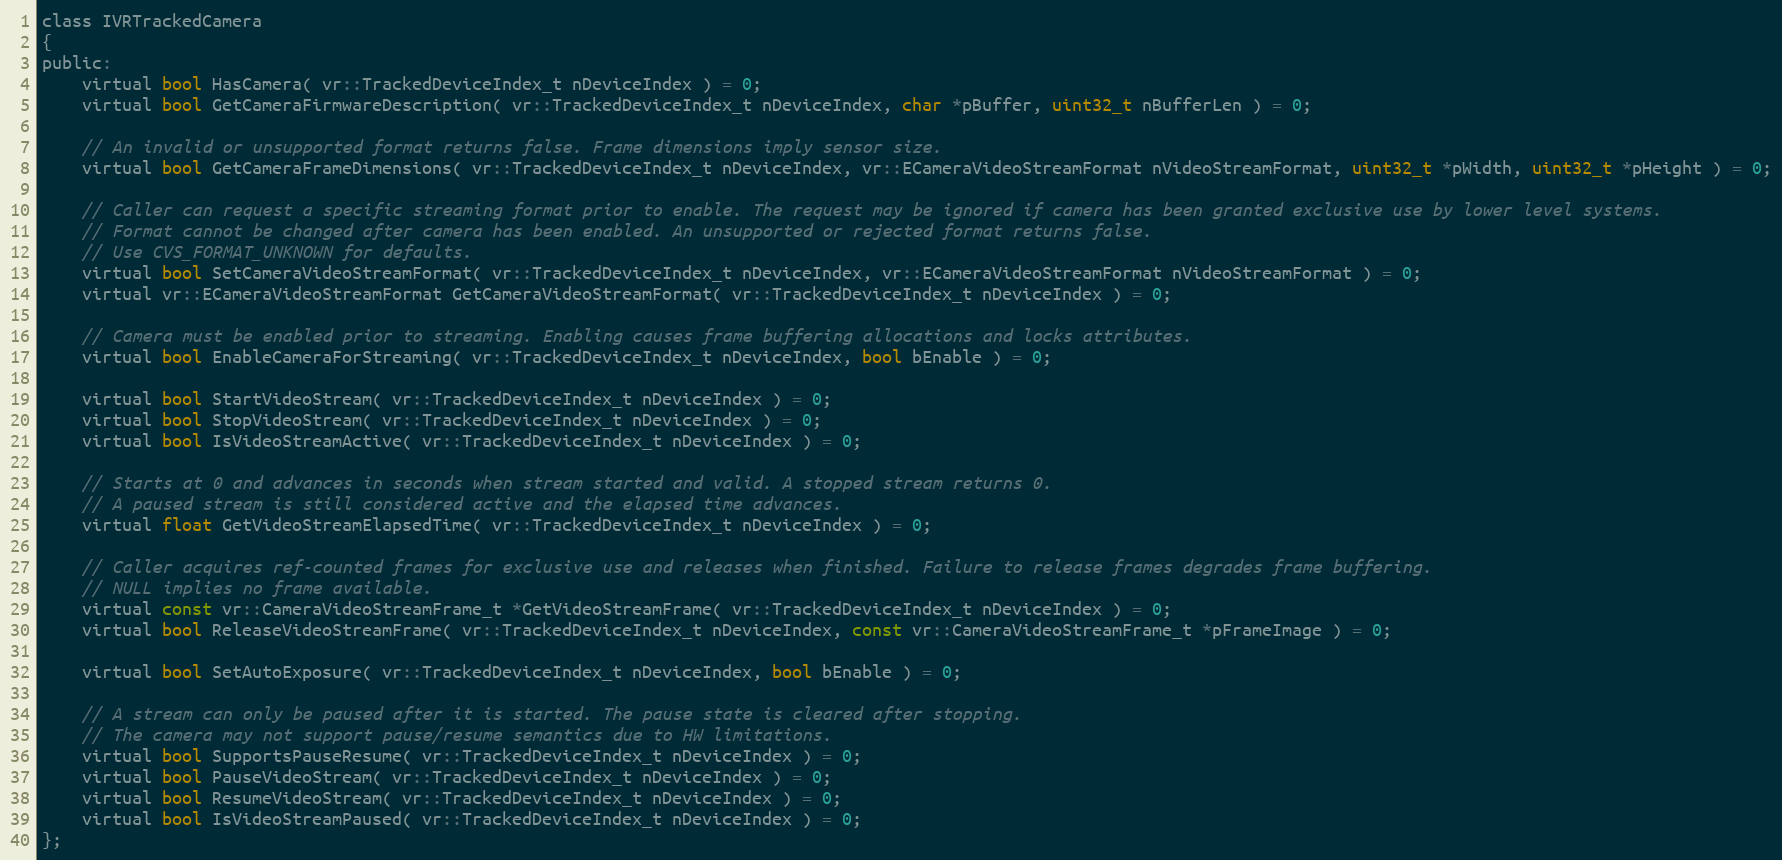
Language: C
class IVRTrackedCamera
{
public:
	virtual bool HasCamera( vr::TrackedDeviceIndex_t nDeviceIndex ) = 0;
	virtual bool GetCameraFirmwareDescription( vr::TrackedDeviceIndex_t nDeviceIndex, char *pBuffer, uint32_t nBufferLen ) = 0;

	// An invalid or unsupported format returns false. Frame dimensions imply sensor size.
	virtual bool GetCameraFrameDimensions( vr::TrackedDeviceIndex_t nDeviceIndex, vr::ECameraVideoStreamFormat nVideoStreamFormat, uint32_t *pWidth, uint32_t *pHeight ) = 0;

	// Caller can request a specific streaming format prior to enable. The request may be ignored if camera has been granted exclusive use by lower level systems.
	// Format cannot be changed after camera has been enabled. An unsupported or rejected format returns false.
	// Use CVS_FORMAT_UNKNOWN for defaults.
	virtual bool SetCameraVideoStreamFormat( vr::TrackedDeviceIndex_t nDeviceIndex, vr::ECameraVideoStreamFormat nVideoStreamFormat ) = 0;
	virtual vr::ECameraVideoStreamFormat GetCameraVideoStreamFormat( vr::TrackedDeviceIndex_t nDeviceIndex ) = 0;

	// Camera must be enabled prior to streaming. Enabling causes frame buffering allocations and locks attributes.
	virtual bool EnableCameraForStreaming( vr::TrackedDeviceIndex_t nDeviceIndex, bool bEnable ) = 0;

	virtual bool StartVideoStream( vr::TrackedDeviceIndex_t nDeviceIndex ) = 0;
	virtual bool StopVideoStream( vr::TrackedDeviceIndex_t nDeviceIndex ) = 0;
	virtual bool IsVideoStreamActive( vr::TrackedDeviceIndex_t nDeviceIndex ) = 0;

	// Starts at 0 and advances in seconds when stream started and valid. A stopped stream returns 0.
	// A paused stream is still considered active and the elapsed time advances.
	virtual float GetVideoStreamElapsedTime( vr::TrackedDeviceIndex_t nDeviceIndex ) = 0;

	// Caller acquires ref-counted frames for exclusive use and releases when finished. Failure to release frames degrades frame buffering.
	// NULL implies no frame available.
	virtual const vr::CameraVideoStreamFrame_t *GetVideoStreamFrame( vr::TrackedDeviceIndex_t nDeviceIndex ) = 0;
	virtual bool ReleaseVideoStreamFrame( vr::TrackedDeviceIndex_t nDeviceIndex, const vr::CameraVideoStreamFrame_t *pFrameImage ) = 0;

	virtual bool SetAutoExposure( vr::TrackedDeviceIndex_t nDeviceIndex, bool bEnable ) = 0;

	// A stream can only be paused after it is started. The pause state is cleared after stopping.
	// The camera may not support pause/resume semantics due to HW limitations.
	virtual bool SupportsPauseResume( vr::TrackedDeviceIndex_t nDeviceIndex ) = 0;
	virtual bool PauseVideoStream( vr::TrackedDeviceIndex_t nDeviceIndex ) = 0;
	virtual bool ResumeVideoStream( vr::TrackedDeviceIndex_t nDeviceIndex ) = 0;
	virtual bool IsVideoStreamPaused( vr::TrackedDeviceIndex_t nDeviceIndex ) = 0;
};